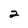
Character: 2